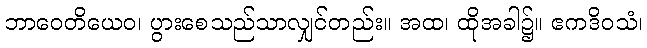
ဘာဝေတိယေဝ၊ ပွားစေသည်သာလျှင်တည်း။ အထ၊ ထိုအခါ၌။ ဧကဒိဝသံ၊